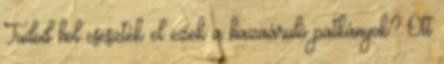
Tudod hol cseszték el ezek a hazaáruló patkányok? Ott